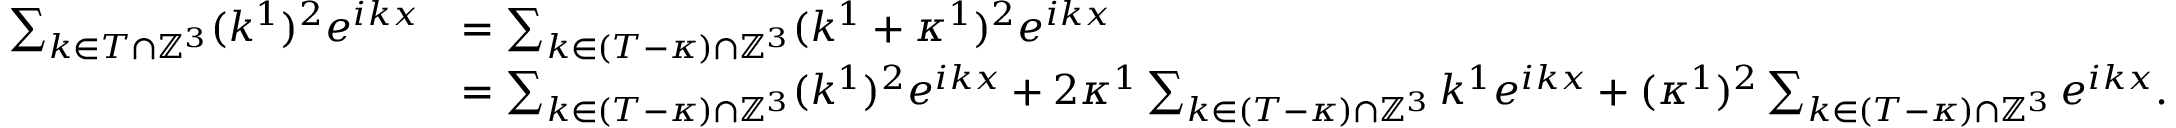
\begin{array} { r l } { \sum _ { k \in T \cap \mathbb { Z } ^ { 3 } } ( k ^ { 1 } ) ^ { 2 } e ^ { i k x } } & { = \sum _ { k \in ( T - \kappa ) \cap \mathbb { Z } ^ { 3 } } ( k ^ { 1 } + \kappa ^ { 1 } ) ^ { 2 } e ^ { i k x } } \\ & { = \sum _ { k \in ( T - \kappa ) \cap \mathbb { Z } ^ { 3 } } ( k ^ { 1 } ) ^ { 2 } e ^ { i k x } + 2 \kappa ^ { 1 } \sum _ { k \in ( T - \kappa ) \cap \mathbb { Z } ^ { 3 } } k ^ { 1 } e ^ { i k x } + ( \kappa ^ { 1 } ) ^ { 2 } \sum _ { k \in ( T - \kappa ) \cap \mathbb { Z } ^ { 3 } } e ^ { i k x } . } \end{array}